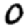
Digit: 0